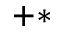
^ { + * }